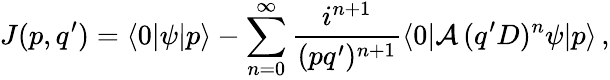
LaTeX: J(p,q^{\prime})=\langle 0|\psi|p\rangle-\sum_{n=0}^{\infty}\frac{i^{n+1}}{(pq^{\prime})^{n+1}}\langle 0|{\cal A}\, (q^{\prime}D)^{n}\psi|p\rangle\, ,